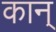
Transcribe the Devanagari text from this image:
कान्‌